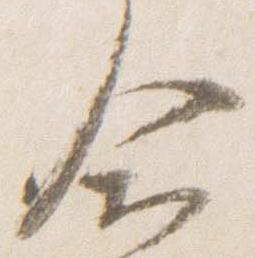
合